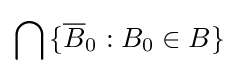
\bigcap \,\{{\overline {B}}_{0}:B_{0}\in B\}